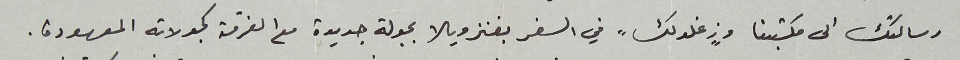
رسالتك الى مكتبنا و"زغلولك" في السفر بفنزويلا بجولة جديدة مع الفرقة كجولاته المعهودة.